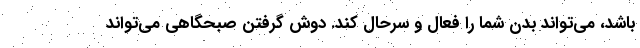
باشد، می‌تواند بدن شما را فعال و سرحال کند. دوش گرفتن صبحگاهی می‌تواند